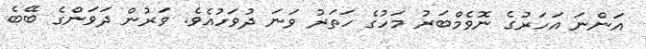
އަންނަ އަހަރުގެ ނޮވެމްބަރު މަހުގެ ހަތަރު ވަނަ ދުވަހުއެވެ. ވަރުން ދަވަންގެ ބޭބެ